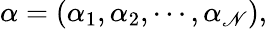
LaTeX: \alpha=\left(\alpha_{1},\alpha_{2},\cdots,\alpha_{\mathscr{N}}\right),